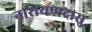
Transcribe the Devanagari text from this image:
नारायणदासु